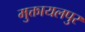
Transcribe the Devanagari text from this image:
मुक्तायलपुर